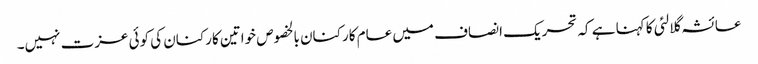
عائشہ گلالئی کا کہنا ہے کہ تحریک انصاف میں عام کارکنان بالخصوص خواتین کارکنان کی کوئی عزت نہیں۔